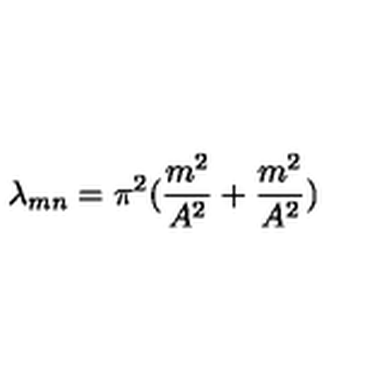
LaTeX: \lambda _ { m n } = \pi ^ { 2 } ( { \frac { m ^ { 2 } } { A ^ { 2 } } } + { \frac { m ^ { 2 } } { A ^ { 2 } } } )